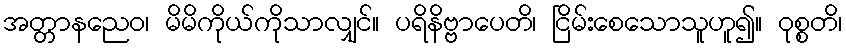
အတ္တာနညေဝ၊ မိမိကိုယ်ကိုသာလျှင်။ ပရိနိဗ္ဗာပေတိ၊ ငြိမ်းစေသောသူဟူ၍။ ဝုစ္စတိ၊